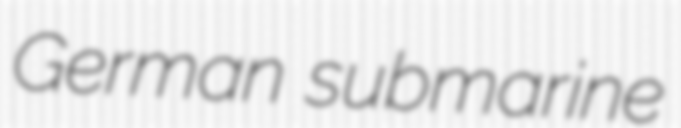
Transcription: German submarine